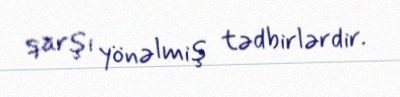
qarşı yönəlmiş tədbirlərdir.